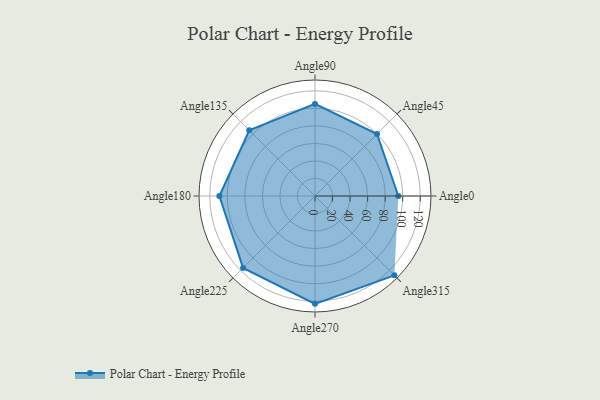
{"axis": {"x": "Angle", "y": "Radius"}, "legend": [""], "data": [{"x": "Angle0", "y": 95.0, "type": ""}, {"x": "Angle45", "y": 100.0, "type": ""}, {"x": "Angle90", "y": 105.0, "type": ""}, {"x": "Angle135", "y": 106.0, "type": ""}, {"x": "Angle180", "y": 109.0, "type": ""}, {"x": "Angle225", "y": 116.0, "type": ""}, {"x": "Angle270", "y": 123.0, "type": ""}, {"x": "Angle315", "y": 128.0, "type": ""}]}